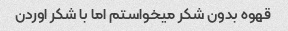
قهوه بدون شکر میخواستم اما با شکر اوردن